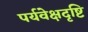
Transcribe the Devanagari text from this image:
पर्यवेक्षदृष्टि